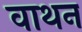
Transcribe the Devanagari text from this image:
वाथन